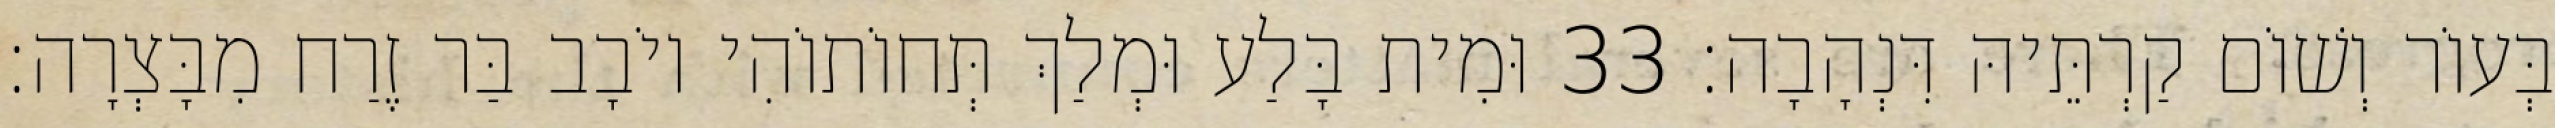
בְּעוֹר וְשׁוֹם קַרְתֵּיהּ דִּנְהָבָה׃ 33 וּמִית בָּלַע וּמְלַךְ תְּחוֹתוֹהִי יוֹבָב בַּר זֶרַח מִבָּצְרָה׃